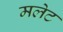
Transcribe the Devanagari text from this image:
मलेट